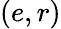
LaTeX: (e,r)